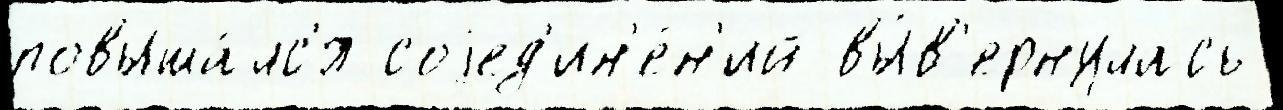
повыша́лс'я соjед'ин'е́н'ий вы́в'ернулась